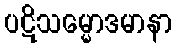
ပဋိသမ္မောဒမာနာ